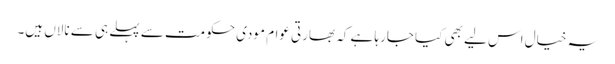
یہ خیال اس لیے بھی کیا جارہا ہے کہ بھارتی عوام مودی حکومت سے پہلے ہی سے نالاں ہیں۔